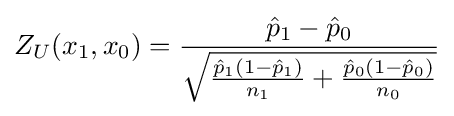
Z_{U}(x_{1},x_{0})={\frac {{\hat {p}}_{1}-{\hat {p}}_{0}}{\sqrt {{\frac {{\hat {p}}_{1}(1-{\hat {p}}_{1})}{n_{1}}}+{\frac {{\hat {p}}_{0}(1-{\hat {p}}_{0})}{n_{0}}}}}}